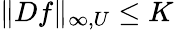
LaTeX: \| Df\| _{\infty,U}\leq K